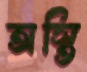
অস্তি